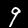
Label: 9